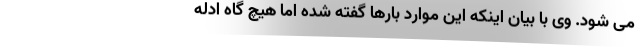
می شود. وی با بیان اینکه این موارد بارها گفته شده اما هیچ گاه ادله